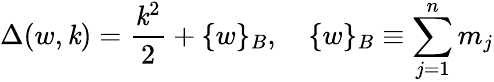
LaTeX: \Delta(w,\mathit{k})=\frac{{\mathit{k}^{2}}}{{2}}+\{ w\} _{B},\quad\{ w\} _{B}\equiv\sum_{j=1}^{n}m_{j}